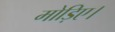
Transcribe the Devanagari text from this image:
मोड़िए।